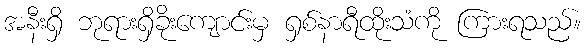
အနီးရှိ ဘုရားရှိခိုးကျောင်းမှ ရှစ်နာရီထိုးသံကို ကြားရသည်။